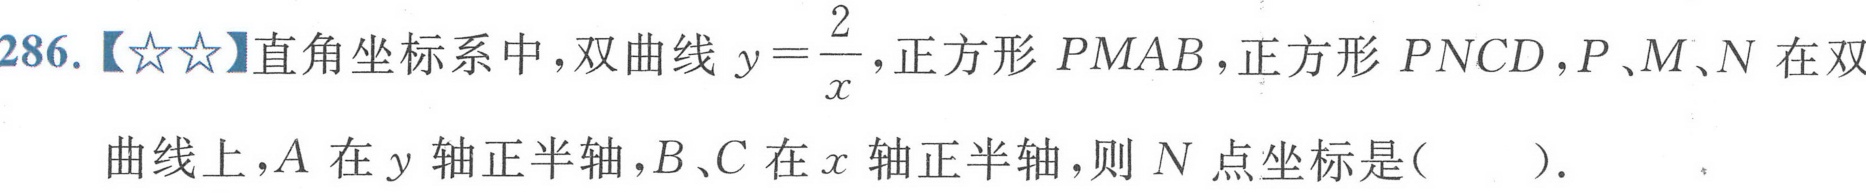
286.【☆☆】直角坐标系中，双曲线\(y = \frac{2}{x}\)，正方形\(PMAB\)，正方形\(PNCD\)，\(P、M、N\)在双曲线上，\(A\)在\(y\)轴正半轴，\(B、C\)在\(x\)轴正半轴，则\(N\)点坐标是( ).